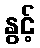
နွင့်